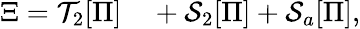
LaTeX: \begin{array}{rl}{\Xi=\mathcal{T}_{2}[\Pi]}&{{}+\mathcal{S}_{2}[\Pi]+\mathcal{S}_{a}[\Pi],}\end{array}